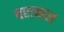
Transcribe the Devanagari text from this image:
बराब्बस